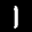
Label: 1